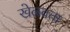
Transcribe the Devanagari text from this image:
खेळवता